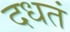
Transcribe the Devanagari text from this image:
दधतं